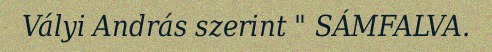
Vályi András szerint " SÁMFALVA.